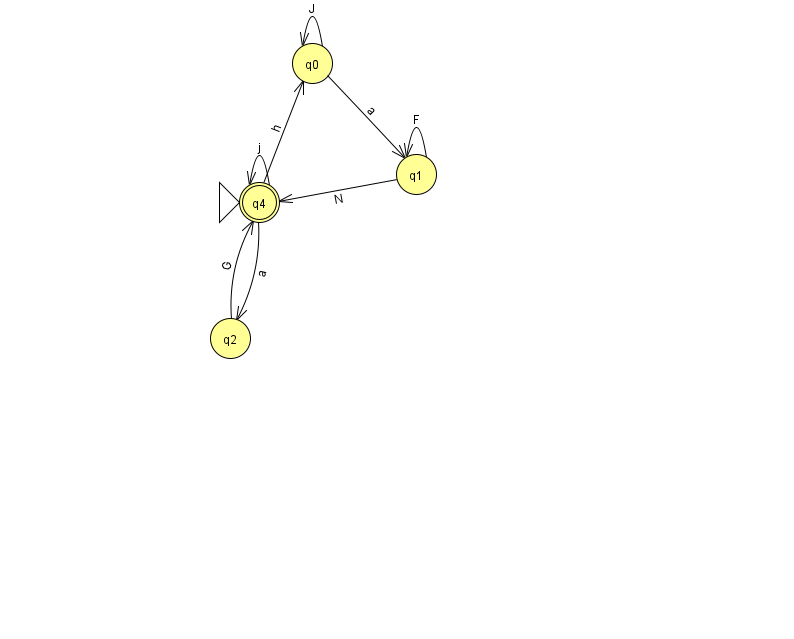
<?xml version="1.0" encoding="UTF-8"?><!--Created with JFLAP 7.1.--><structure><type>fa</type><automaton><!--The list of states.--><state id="0" name="q0"><x>312.0</x><y>50.0</y></state><state id="1" name="q1"><x>416.0</x><y>161.0</y></state><state id="2" name="q2"><x>230.0</x><y>325.0</y></state><state id="4" name="q4"><x>259.0</x><y>189.0</y><initial/><final/></state><!--The list of transitions.--><transition><from>0</from><to>1</to><read>a</read></transition><transition><from>1</from><to>1</to><read>F</read></transition><transition><from>1</from><to>4</to><read>N</read></transition><transition><from>2</from><to>4</to><read>G</read></transition><transition><from>0</from><to>0</to><read>J</read></transition><transition><from>4</from><to>4</to><read>j</read></transition><transition><from>4</from><to>0</to><read>h</read></transition><transition><from>4</from><to>2</to><read>a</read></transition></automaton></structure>